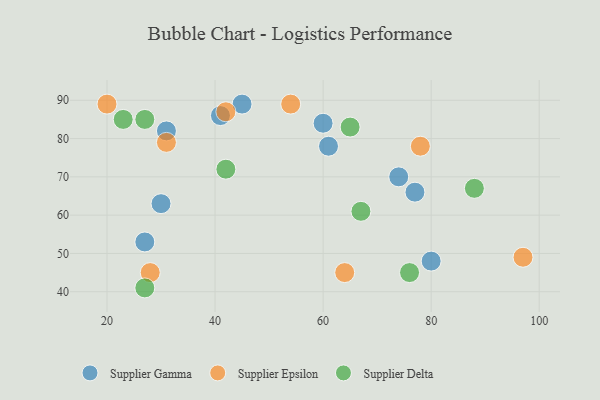
{"axis": {"x": "GDP", "y": "Life Expectancy"}, "legend": ["Supplier Delta", "Supplier Epsilon", "Supplier Gamma"], "data": [{"x": "30", "y": 63, "type": "Supplier Gamma"}, {"x": "45", "y": 89, "type": "Supplier Gamma"}, {"x": "41", "y": 86, "type": "Supplier Gamma"}, {"x": "74", "y": 70, "type": "Supplier Gamma"}, {"x": "27", "y": 53, "type": "Supplier Gamma"}, {"x": "60", "y": 84, "type": "Supplier Gamma"}, {"x": "80", "y": 48, "type": "Supplier Gamma"}, {"x": "77", "y": 66, "type": "Supplier Gamma"}, {"x": "61", "y": 78, "type": "Supplier Gamma"}, {"x": "31", "y": 82, "type": "Supplier Gamma"}, {"x": "20", "y": 89, "type": "Supplier Epsilon"}, {"x": "54", "y": 89, "type": "Supplier Epsilon"}, {"x": "64", "y": 45, "type": "Supplier Epsilon"}, {"x": "42", "y": 87, "type": "Supplier Epsilon"}, {"x": "31", "y": 79, "type": "Supplier Epsilon"}, {"x": "28", "y": 45, "type": "Supplier Epsilon"}, {"x": "78", "y": 78, "type": "Supplier Epsilon"}, {"x": "97", "y": 49, "type": "Supplier Epsilon"}, {"x": "27", "y": 85, "type": "Supplier Delta"}, {"x": "76", "y": 45, "type": "Supplier Delta"}, {"x": "27", "y": 41, "type": "Supplier Delta"}, {"x": "88", "y": 67, "type": "Supplier Delta"}, {"x": "23", "y": 85, "type": "Supplier Delta"}, {"x": "67", "y": 61, "type": "Supplier Delta"}, {"x": "42", "y": 72, "type": "Supplier Delta"}, {"x": "65", "y": 83, "type": "Supplier Delta"}]}